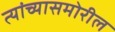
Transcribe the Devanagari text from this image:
त्यांच्यासमोरील